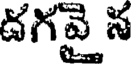
దగవై న